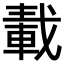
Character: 𨌏